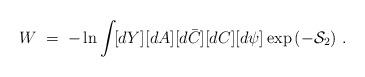
LaTeX: \begin{align*}W \;=\; - \ln \int\! [dY][dA][d\bar{C}][dC][d\psi]\exp\left(- \mathcal{S}_2\right)\,.\end{align*}